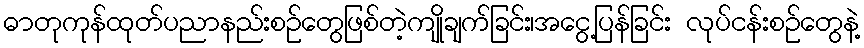
ဓာတုကုန်ထုတ်ပညာနည်းစဉ်တွေဖြစ်တဲ့ကျိုချက်ခြင်း၊အငွေ့ပြန်ခြင်း လုပ်ငန်းစဉ်တွေနဲ့